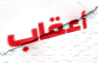
أعقاب